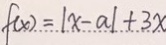
f ( x ) = \vert x - a \vert + 3 x